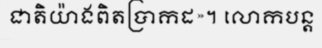
ជាតិយ៉ាងពិតប្រាកដ»។ លោកបន្ត